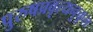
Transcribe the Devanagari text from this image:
पुरुषप्रवृत्यनुकूल